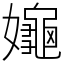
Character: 䶯